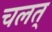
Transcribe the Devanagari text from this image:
चलत्